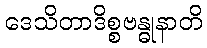
ဒေသိတာဒိစ္စဗန္ဓုနာတိ